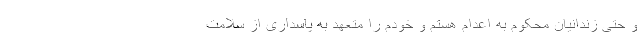
و حتی زندانیان محکوم به اعدام هستم و خودم را متعهد به پاسداری از سلامت